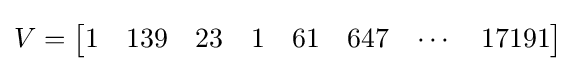
V={\begin{bmatrix}1&139&23&1&61&647&\cdots &17191\end{bmatrix}}